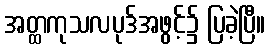
အတ္ထကုသလပုဒ်အဖွင့်၌ ပြခဲ့ပြီ။